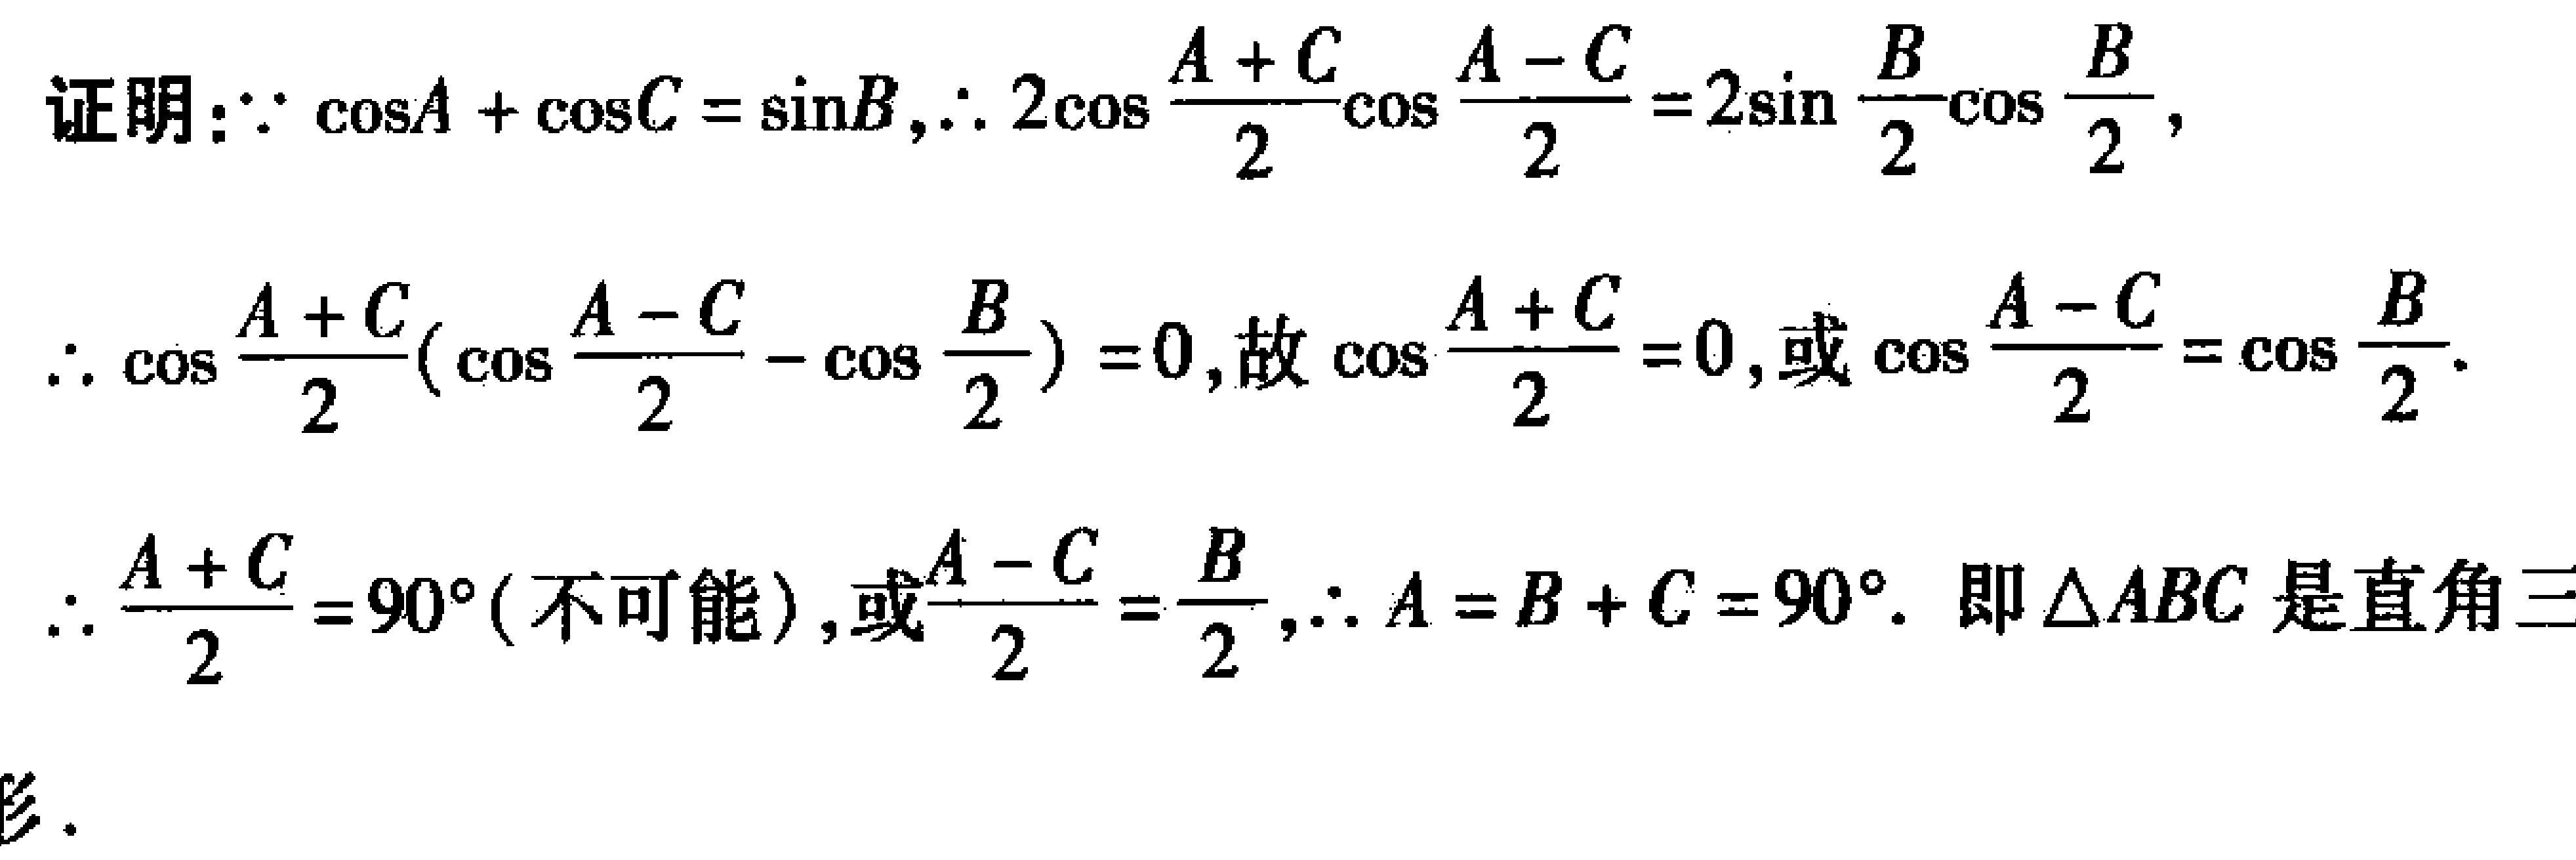
证明：\(\because \cos A + \cos C = \sin B,\therefore 2\cos \frac{A + C}{2}\cos \frac{A - C}{2} = 2\sin \frac{B}{2}\cos \frac{B}{2}\)，
\(\therefore \cos \frac{A + C}{2}(\cos \frac{A - C}{2} - \cos \frac{B}{2}) = 0\)，故\(\cos \frac{A + C}{2} = 0\)，或\(\cos \frac{A - C}{2} = \cos \frac{B}{2}\)．
\(\therefore \frac{A + C}{2} = 90^{\circ}\)（不可能），或\(\frac{A - C}{2} = \frac{B}{2}\)，\(\therefore A = B + C = 90^{\circ}\)．即\(\triangle ABC\)是直角三角形．